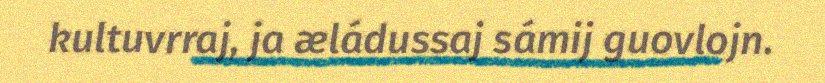
kultuvrraj, ja æládussaj sámij guovlojn.